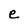
Character: e